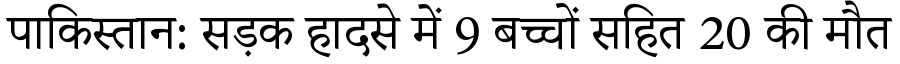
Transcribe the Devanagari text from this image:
पाकिस्तान: सड़क हादसे में 9 बच्चों सहित 20 की मौत